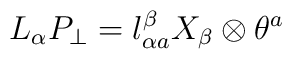
L_\alpha P_\perp = l_{\alpha a}^\beta X_\beta \otimes \theta^a